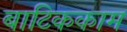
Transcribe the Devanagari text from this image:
बाटिककाम